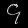
Digit: ၄